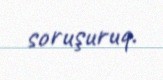
soruşuruq.